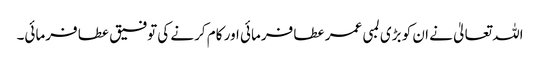
اللہ تعالیٰ نے ان کو بڑی لمبی عمر عطا فرمائی اور کام کرنے کی توفیق عطا فرمائی۔